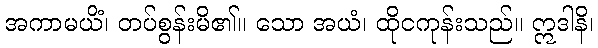
အကာမယိံ၊ တပ်စွန်းမိ၏။ သော အယံ၊ ထိုငကုန်းသည်။ ဣဒါနိ၊